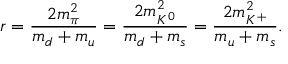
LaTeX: r = \frac { 2 m _ { \pi } ^ { 2 } } { m _ { d } + m _ { u } } = \frac { 2 m _ { K ^ { 0 } } ^ { 2 } } { m _ { d } + m _ { s } } = \frac { 2 m _ { K ^ { + } } ^ { 2 } } { m _ { u } + m _ { s } } .